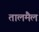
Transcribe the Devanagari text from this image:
तालमैल